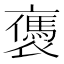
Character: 𧝥